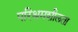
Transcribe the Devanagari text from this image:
परिश्रमशीलता